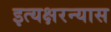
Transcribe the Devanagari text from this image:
इत्यक्षरन्यास